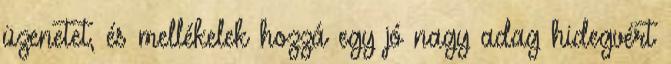
üzenetet, és mellékelek hozzá egy jó nagy adag hidegvért